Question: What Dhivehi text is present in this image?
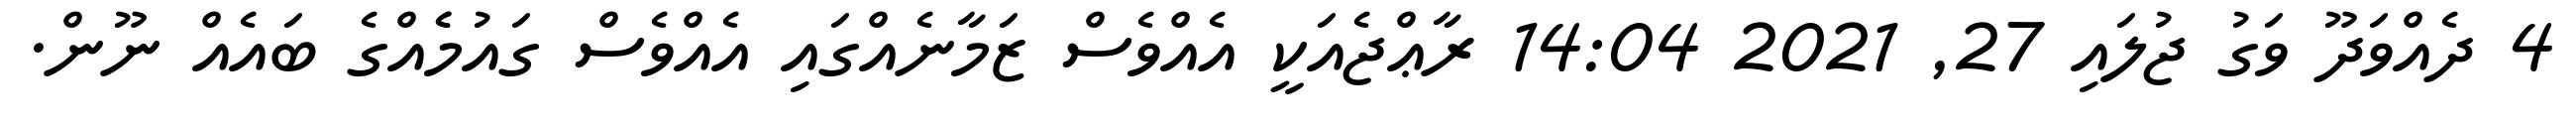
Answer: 4 ދެއްވަދޫ ވަގު ޖުލައި 27, 2021 14:04 ރާޢްޖެއަކީ އެއްވެސް ޒަމާނެއްގައި އެއްވެސް ގައުމެެއްގެ ބައެއް ނޫން.